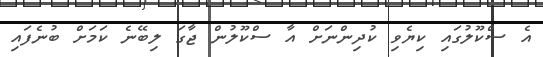
އެ ސްކޫލުގައި ކިޔެވި ކުދިންނަށް އާ ސްކޫލުން ޖާގަ ލިބޭނެ ކަމަށް ބުނެފައި